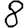
Digit: 8